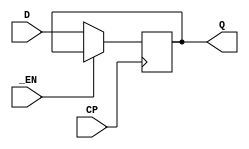
module hct74377 #(parameter WIDTH = 8, LOG = 0)
(
  input _EN,
  input CP,
  input [WIDTH-1:0] D,
  output [WIDTH-1:0] Q
);

parameter [WIDTH-1:0] UNDEF = {(WIDTH/4){4'bzxxz}};
reg [WIDTH-1:0] Q_current=UNDEF;

always @(posedge CP)
begin
  if (!_EN) begin
    if (LOG)  $display("%9t", $time, " REGISTER %m   ASSIGNING D=%08b to Q_current", D);
    Q_current = D;
  end
end

if (LOG)
  always @(Q) begin
      $display("%9t", $time, " REGISTER %m   OUTPUT CHANGE CP=%1b _EN=%1b D=%08b Q=%08b (Q_current=%08b)", CP, _EN, D, Q, Q_current);
  end

assign #14 Q = Q_current;

function isUndef();
    isUndef = (Q === UNDEF);
endfunction

endmodule